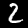
Label: 2